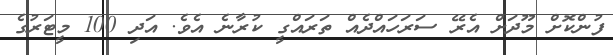
ފުންކޮށް މޫދަށް އެރޭ ސަރަހައްދެއް ތަރައްގީ ކުރާނެ އެވެ. އަދި 100 މީޓަރުގެ